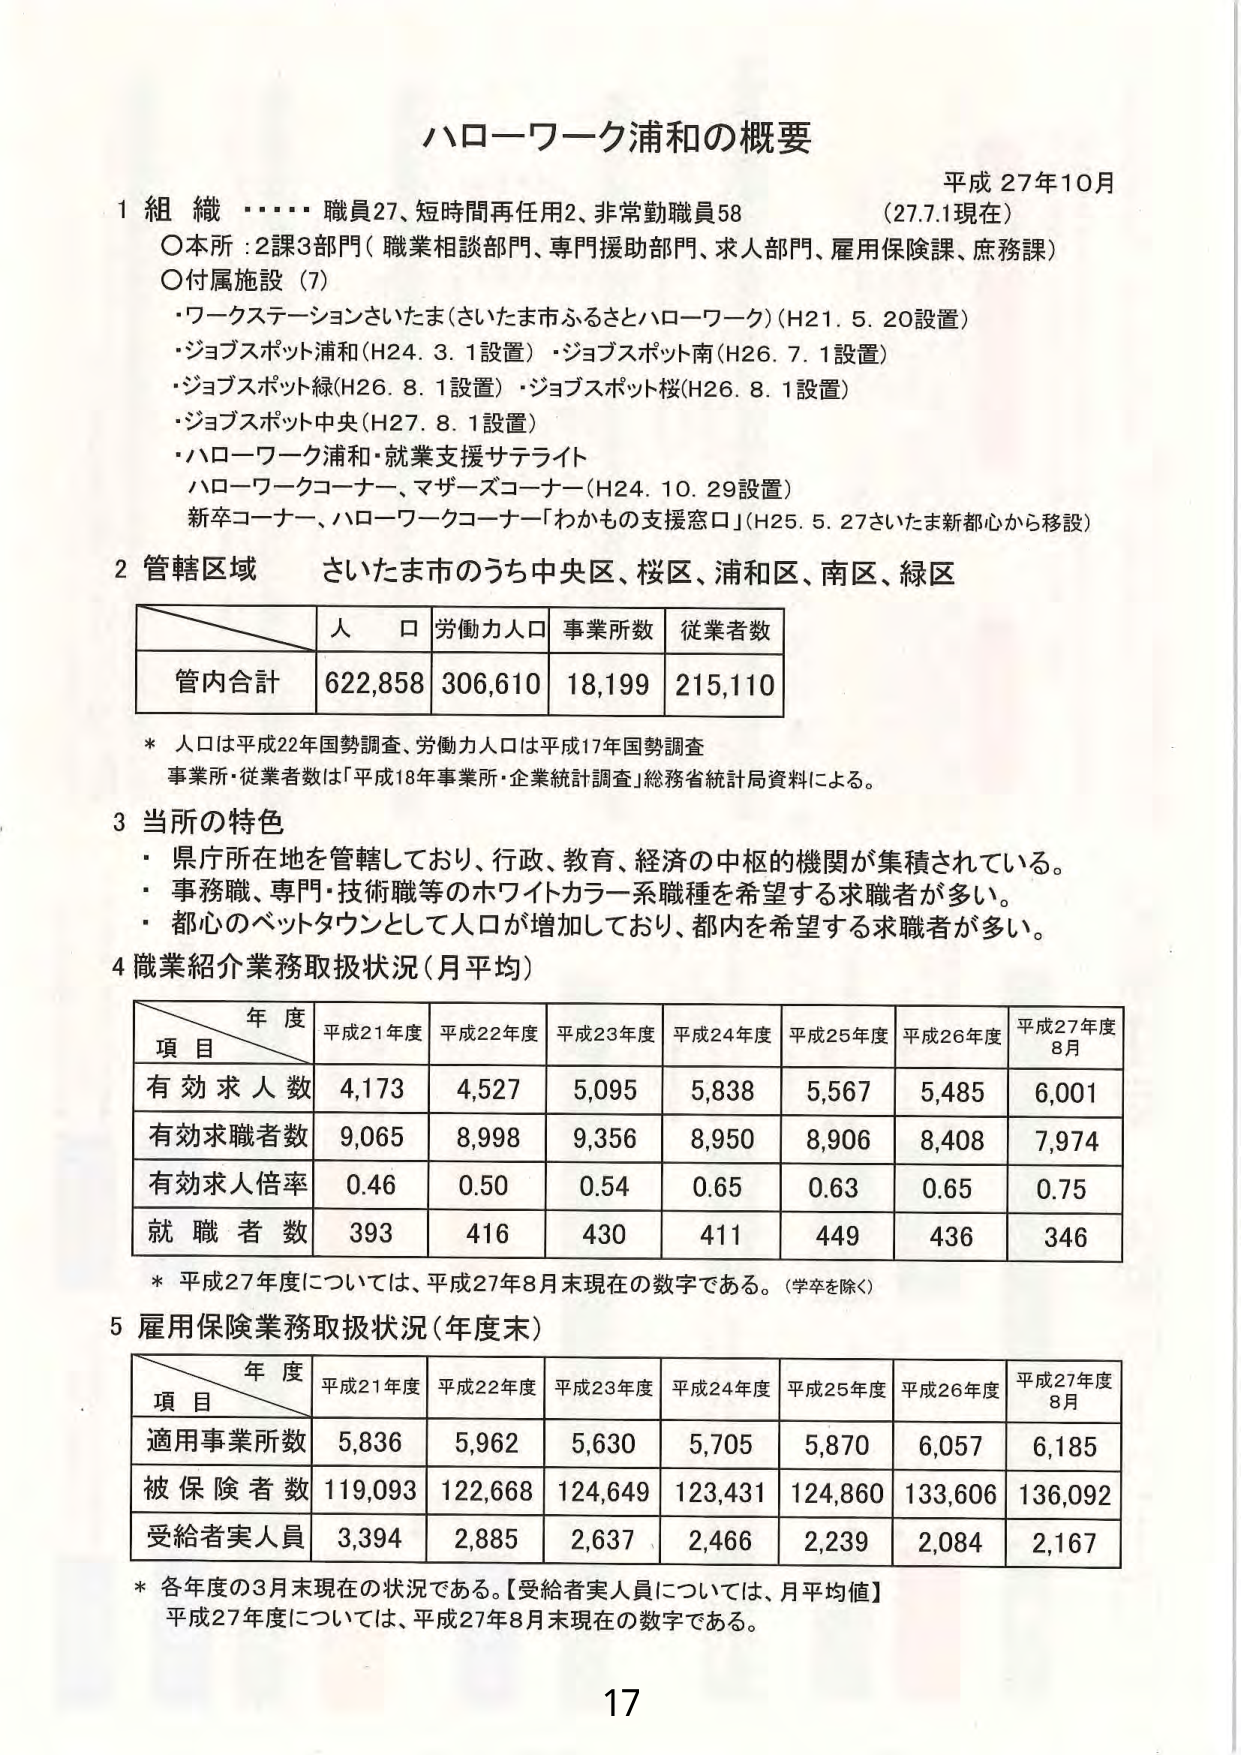
ハローワーク浦和の概要

平成27年10月
（27.7.1現在）

1 組織 ・・・・ 職員27、短時間再任用2、非常勤職員58
○本所：2課3部門（職業相談部門、専門援助部門、求人部門、雇用保険課、庶務課）
○付属施設（7）
・ワークステーションさいたま（さいたま市ふるさとハローワーク）（H21.5.20設置）
・ジョブスポット浦和（H24.3.1設置）・ジョブスポット南（H26.7.1設置）
・ジョブスポット緑（H26.8.1設置）・ジョブスポット桜（H26.8.1設置）
・ジョブスポット中央（H27.8.1設置）
・ハローワーク浦和・就業支援サテライト
　ハローワークコーナー、マザーズコーナー（H24.10.29設置）
　新卒コーナー、ハローワークコーナー「わかもの支援窓口」（H25.5.27さいたま新都心から移設）

2 管轄区域 さいたま市のうち中央区、桜区、浦和区、南区、緑区

　　　　　　　　人口　労働力人口　事業所数　従業者数
管内合計　　　　622,858　306,610　18,199　215,110

* 人口は平成22年国勢調査、労働力人口は平成17年国勢調査
事業所・従業者数は「平成18年事業所・企業統計調査」総務省統計局資料による。

3 当所の特色
・県庁所在地を管轄しており、行政、教育、経済の中核的機関が集積されている。
・事務職、専門・技術職等のホワイトカラー系職種を希望する求職者が多い。
・都心のベットタウンとして人口が増加しており、都内を希望する求職者が多い。

4 職業紹介業務取扱状況（月平均）

　　　　　　　　　　年度
　　　　　　　　平成21年度　平成22年度　平成23年度　平成24年度　平成25年度　平成26年度　平成27年度8月
　　　　　　　　項目
有効求人数　　　4,173　　　4,527　　　5,095　　　5,838　　　5,567　　　5,485　　　6,001
有効求職者数　　9,065　　　8,998　　　9,356　　　8,950　　　8,906　　　8,408　　　7,974
有効求人倍率　　0.46　　　0.50　　　0.54　　　0.65　　　0.63　　　0.65　　　0.75
就職者数　　　　393　　　　416　　　　430　　　　411　　　　449　　　　436　　　　346

* 平成27年度については、平成27年8月末現在の数字である。（学卒を除く）

5 雇用保険業務取扱状況（年度末）

　　　　　　　　　　年度
　　　　　　　　平成21年度　平成22年度　平成23年度　平成24年度　平成25年度　平成26年度　平成27年度8月
　　　　　　　　項目
適用事業所数　　5,836　　　5,962　　　5,630　　　5,705　　　5,870　　　6,057　　　6,185
被保険者数　　119,093　　122,668　　124,649　　123,431　　124,860　　133,606　　136,092
受給者実人員　　3,394　　　2,885　　　2,637　　　2,466　　　2,239　　　2,084　　　2,167

* 各年度の3月末現在の状況である。【受給者実人員については、月平均値】
平成27年度については、平成27年8月末現在の数字である。

17